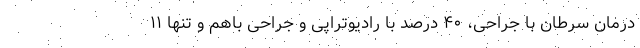
درمان سرطان با جراحی، ۴۰ درصد با رادیوتراپی و جراحی باهم و تنها ۱۱